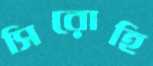
সিরোহি